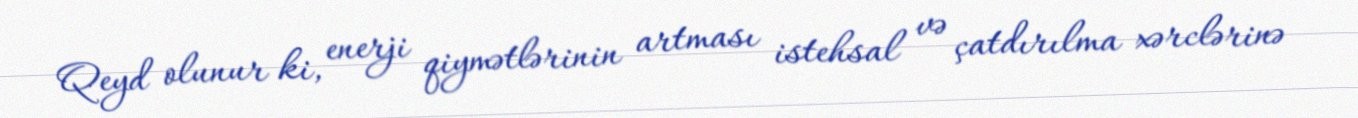
Qeyd olunur ki, enerji qiymətlərinin artması istehsal və çatdırılma xərclərinə